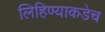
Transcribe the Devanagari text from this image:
लिहिण्याकडेच